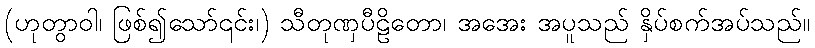
(ဟုတွာဝါ၊ ဖြစ်၍သော်၎င်း၊) သီတုဏှပီဠိတော၊ အအေး အပူသည် နှိပ်စက်အပ်သည်။